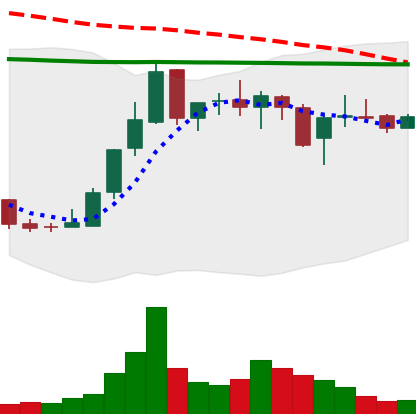
Ticker: LINK-USD
Chart end date: 2019-01-01
Forward return: 32.615%
Label: up_7plus